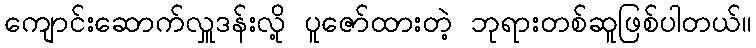
ကျောင်းဆောက်လှူဒန်းလို့ ပူဇော်ထားတဲ့ ဘုရားတစ်ဆူဖြစ်ပါတယ်။